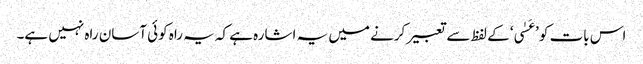
اس بات کو ’عَسٰی‘ کے لفظ سے تعبیر کرنے میں یہ اشارہ ہے کہ یہ راہ کوئی آسان راہ نہیں ہے۔